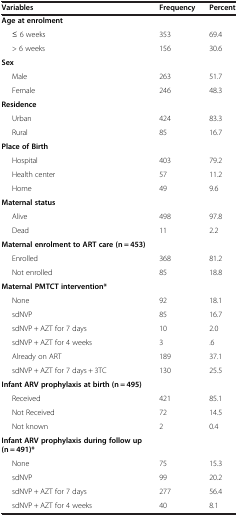
| Variables | Frequency | Percent |
 | --- | --- | --- |
 | Age at enrolment |  |  |
 | ≤ 6 weeks | 353 | 69.4 |
 | > 6 weeks | 156 | 30.6 |
 | Sex |  |  |
 | Male | 263 | 51.7 |
 | Female | 246 | 48.3 |
 | Residence |  |  |
 | Urban | 424 | 83.3 |
 | Rural | 85 | 16.7 |
 | Place of Birth |  |  |
 | Hospital | 403 | 79.2 |
 | Health center | 57 | 11.2 |
 | Home | 49 | 9.6 |
 | Maternal status |  |  |
 | Alive | 498 | 97.8 |
 | Dead | 11 | 2.2 |
 | Maternal enrolment to ART care (n = 453) |  |  |
 | Enrolled | 368 | 81.2 |
 | Not enrolled | 85 | 18.8 |
 | Maternal PMTCT intervention* |  |  |
 | None | 92 | 18.1 |
 | sdNVP | 85 | 16.7 |
 | sdNVP + AZT for 7 days | 10 | 2.0 |
 | sdNVP + AZT for 4 weeks | 3 | .6 |
 | Already on ART | 189 | 37.1 |
 | sdNVP + AZT for 7 days + 3TC | 130 | 25.5 |
 | Infant ARV prophylaxis at birth (n = 495) |  |  |
 | Received | 421 | 85.1 |
 | Not Received | 72 | 14.5 |
 | Not known | 2 | 0.4 |
 | Infant ARV prophylaxis during follow up (n = 491)* |  |  |
 | None | 75 | 15.3 |
 | sdNVP | 99 | 20.2 |
 | sdNVP + AZT for 7 days | 277 | 56.4 |
 | sdNVP + AZT for 4 weeks | 40 | 8.1 |